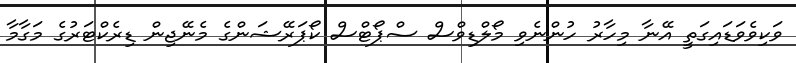
ވަކިވެވަޑައިގަތީ އޭނާ މިހާރު ހުންނެވި މޯލްޑިވްސް ސްޕޯޓްސް ކޯޕަރޭޝަންގެ މެނޭޖިން ޑިރެކްޓަރުގެ މަގާމާ